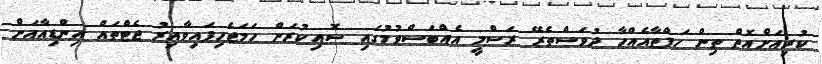
ކުރިއަށްއޮތް ތިން ހަފްތާއެއްހާ ދުވަަސްތެރޭ ރަސްމީ އެއްބަސްވުމުގައި ސޮއިކުރަން ހަމަޖެހިފައިވާއިރު ޖެޓްތައް އިންޑިއާއަށް